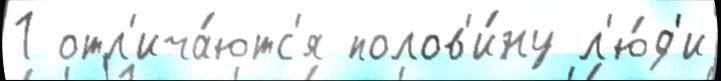
1 отл'ича́ютс'я полов'и́ну л'ю́д'и